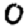
Digit: 0